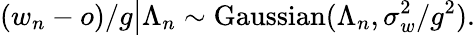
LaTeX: (w_{n}-o)/g\big|\Lambda_{n}\sim\mathrm{Gaussian}(\Lambda_{n},\sigma_{w}^{2}/g^{2}).